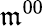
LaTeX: \mathfrak{m}^{00}